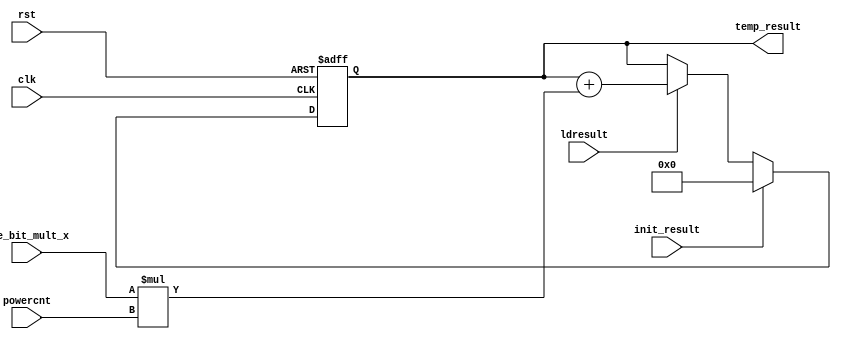
module temp_result_calc(clk,rst,ldresult,one_bit_mult_x,powercnt,init_result,temp_result);
    input clk,rst,init_result,ldresult;
    input[11:0] one_bit_mult_x ;
    input[5:0] powercnt;
    output reg [11:0] temp_result;
    always@(posedge clk,posedge rst)begin
      if(rst) temp_result <=12'b0;
      else if (init_result) temp_result <= 12'b0;
      else if (ldresult) begin
      $display("%d%d%d%d",one_bit_mult_x * powercnt,one_bit_mult_x,powercnt,temp_result);
        temp_result <= (temp_result + (one_bit_mult_x * powercnt));
      end
    end
endmodule